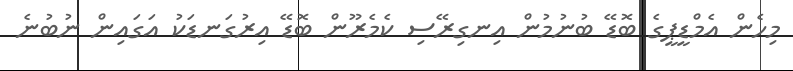
މިހެން އެމްޑީޕީގެ ބޮޑޭ ބުުނުމުން އިނގިރޭސި ކެމެރޫން ބޮޑޭ އިރުގަނޑަކު އަގައިން ނުބުނެ